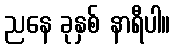
ညနေ ခုနှစ် နာရီပါ။